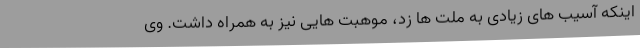
اینکه آسیب های زیادی به ملت ها زد، موهبت هایی نیز به همراه داشت. وی